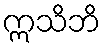
ဣသိဘိ